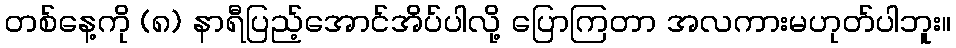
တစ်နေ့ကို (၈) နာရီပြည့်အောင်အိပ်ပါလို့ ပြောကြတာ အလကားမဟုတ်ပါဘူး။